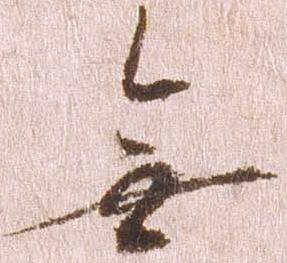
無